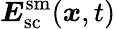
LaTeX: \boldsymbol{E}_{\mathrm{sc}}^{\mathrm{sm}}(\boldsymbol{x},t)